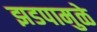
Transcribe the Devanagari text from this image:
झडपामुळे